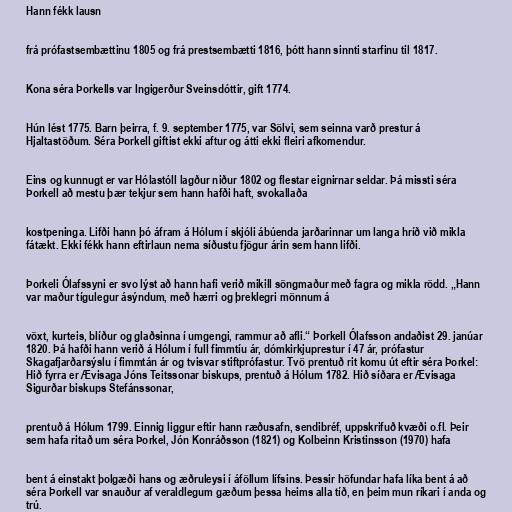
Hann fékk lausn

frá prófastsembættinu 1805 og frá prestsembætti 1816, þótt hann sinnti starfinu til 1817.

Kona séra Þorkells var Ingigerður Sveinsdóttir, gift 1774.

Hún lést 1775. Barn þeirra, f. 9. september 1775, var Sölvi, sem seinna varð prestur á
Hjaltastöðum. Séra Þorkell giftist ekki aftur og átti ekki fleiri afkomendur.

Eins og kunnugt er var Hólastóll lagður niður 1802 og flestar eignirnar seldar. Þá missti séra
Þorkell að mestu þær tekjur sem hann hafði haft, svokallaða

kostpeninga. Lifði hann þó áfram á Hólum í skjóli ábúenda jarðarinnar um langa hríð við mikla
fátækt. Ekki fékk hann eftirlaun nema síðustu fjögur árin sem hann lifði.

Þorkeli Ólafssyni er svo lýst að hann hafi verið mikill söngmaður með fagra og mikla rödd. „Hann
var maður tígulegur ásýndum, með hærri og þreklegri mönnum á

vöxt, kurteis, blíður og glaðsinna í umgengi, rammur að afli.“ Þorkell Ólafsson andaðist 29. janúar
1820. Þá hafði hann verið á Hólum í full fimmtíu ár, dómkirkjuprestur í 47 ár, prófastur
Skagafjarðarsýslu í fimmtán ár og tvisvar stiftprófastur. Tvö prentuð rit komu út eftir séra Þorkel:
Hið fyrra er Ævisaga Jóns Teitssonar biskups, prentuð á Hólum 1782. Hið síðara er Ævisaga
Sigurðar biskups Stefánssonar,

prentuð á Hólum 1799. Einnig liggur eftir hann ræðusafn, sendibréf, uppskrifuð kvæði o.fl. Þeir
sem hafa ritað um séra Þorkel, Jón Konráðsson (1821) og Kolbeinn Kristinsson (1970) hafa

bent á einstakt þolgæði hans og æðruleysi í áföllum lífsins. Þessir höfundar hafa líka bent á að
séra Þorkell var snauður af veraldlegum gæðum þessa heims alla tíð, en þeim mun ríkari í anda og
trú.